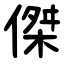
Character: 傑